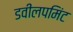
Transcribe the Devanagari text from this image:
डवीलपमिंट